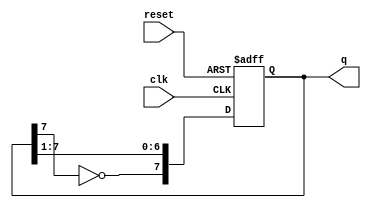
module johnson_counter (
    input wire clk,       // Clock input
    input wire reset,     // Asynchronous reset
    output reg [7:0] q    // 8-bit output
);

    // On the rising edge of the clock or when reset is asserted
    always @(posedge clk or posedge reset) begin
        if (reset) begin
            q <= 8'b00000000; // Initialize to 0 on reset
        end else begin
            // Johnson counter logic
            q <= {~q[7], q[7:1]}; // Shift and feedback inverted last bit
        end
    end

endmodule